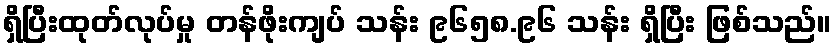
ရှိပြီးထုတ်လုပ်မှု တန်ဖိုးကျပ် သန်း ၉၆၅၈.၉၆ သန်း ရှိပြီး ဖြစ်သည်။